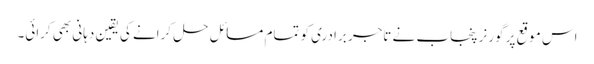
اس موقع پر گورنر پنجاب نے تاجر برادری کو تمام مسائل حل کرانے کی یقین دہانی بھی کرائی۔